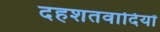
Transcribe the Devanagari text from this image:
दहशतवादियों